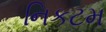
નિકટમ